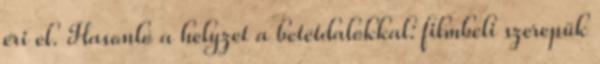
éri el. Hasonló a helyzet a betétdalokkal: filmbeli szerepük